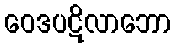
ဝေဒပဋိလာဘော